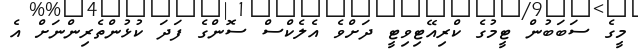
މީގެ ސަބަބުން ޓީމުގެ ކްރިއޭޓިވިޓީ ދަށްވެ އެލެކްސް ސޮންގެ ފަދަ ކުޅުންތެރިންނަށް އެ